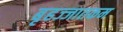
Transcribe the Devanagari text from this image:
बृहज्जातकम